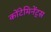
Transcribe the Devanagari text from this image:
कोंटेमिनेंट्स